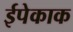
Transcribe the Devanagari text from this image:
ईपेकाक